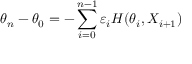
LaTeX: \theta _ { n } - \theta _ { 0 } = - \sum _ { i = 0 } ^ { n - 1 } \varepsilon _ { i } H ( \theta _ { i } , X _ { i + 1 } )